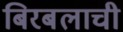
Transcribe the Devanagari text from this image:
बिरबलाची